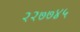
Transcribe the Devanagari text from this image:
२२७७४५